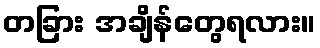
တခြား အချိန်တွေရလား။